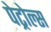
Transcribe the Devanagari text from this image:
पेट्रोल्स